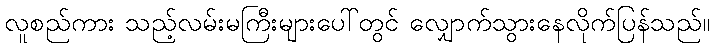
လူစည်ကား သည့်လမ်းမကြီးများပေါ်တွင် လျှောက်သွားနေလိုက်ပြန်သည်။